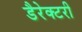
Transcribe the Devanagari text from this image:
डैरेक्टरी